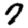
Digit: 7